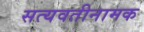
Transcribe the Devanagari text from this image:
सत्यवतीनामक